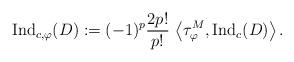
LaTeX: \begin{align*}{\rm Ind}_{c,\varphi}(D):=(-1)^p \frac{2p !}{p!}\,\left<\tau_\varphi^M,{\rm Ind}_c (D)\right>.\end{align*}